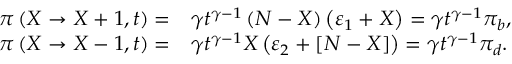
\begin{array} { r l } { \pi \left( X \rightarrow X + 1 , t \right) = } & { \gamma t ^ { \gamma - 1 } \left( N - X \right) \left( \varepsilon _ { 1 } + X \right) = \gamma t ^ { \gamma - 1 } \pi _ { b } , } \\ { \pi \left( X \rightarrow X - 1 , t \right) = } & { \gamma t ^ { \gamma - 1 } X \left( \varepsilon _ { 2 } + \left[ N - X \right] \right) = \gamma t ^ { \gamma - 1 } \pi _ { d } . } \end{array}